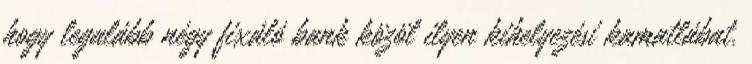
hogy legalább négy fixáló bank közöl ilyen kihelyezési kamatlábat.